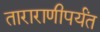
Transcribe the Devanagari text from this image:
ताराराणीपर्यंत